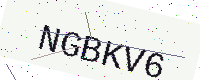
Text: NGBKV6